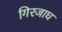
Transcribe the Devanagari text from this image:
गिरजाघ